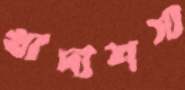
খাদ্যশস্য